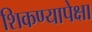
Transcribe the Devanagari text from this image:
शिकण्यापेक्षा